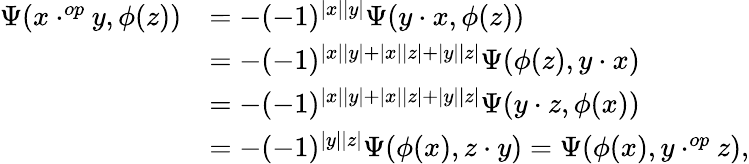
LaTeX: \begin{array}{rl}{\Psi(x\cdot^{op}y,\phi(z))}&{=-(-1)^{|x||y|}\Psi(y\cdot x,\phi(z))}\\ &{=-(-1)^{|x||y|+|x||z|+|y||z|}\Psi(\phi(z),y\cdot x)}\\ &{=-(-1)^{|x||y|+|x||z|+|y||z|}\Psi(y\cdot z,\phi(x))}\\ &{=-(-1)^{|y||z|}\Psi(\phi(x),z\cdot y)=\Psi(\phi(x),y\cdot^{op}z),}\end{array}